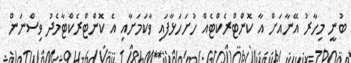
ބުނީ މިހާރު އޭނާއަށް އާ ކޮންޓްރެކްޓެއް ހުށަހަޅާފައި ވާކަމަށާއި އެ ކޮންޓްރެކްޓާމެދު ވިސްނަން